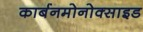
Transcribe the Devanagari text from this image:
कार्बनमोनोक्साइड